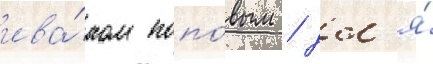
ива́ном попо́вым / дл'я́